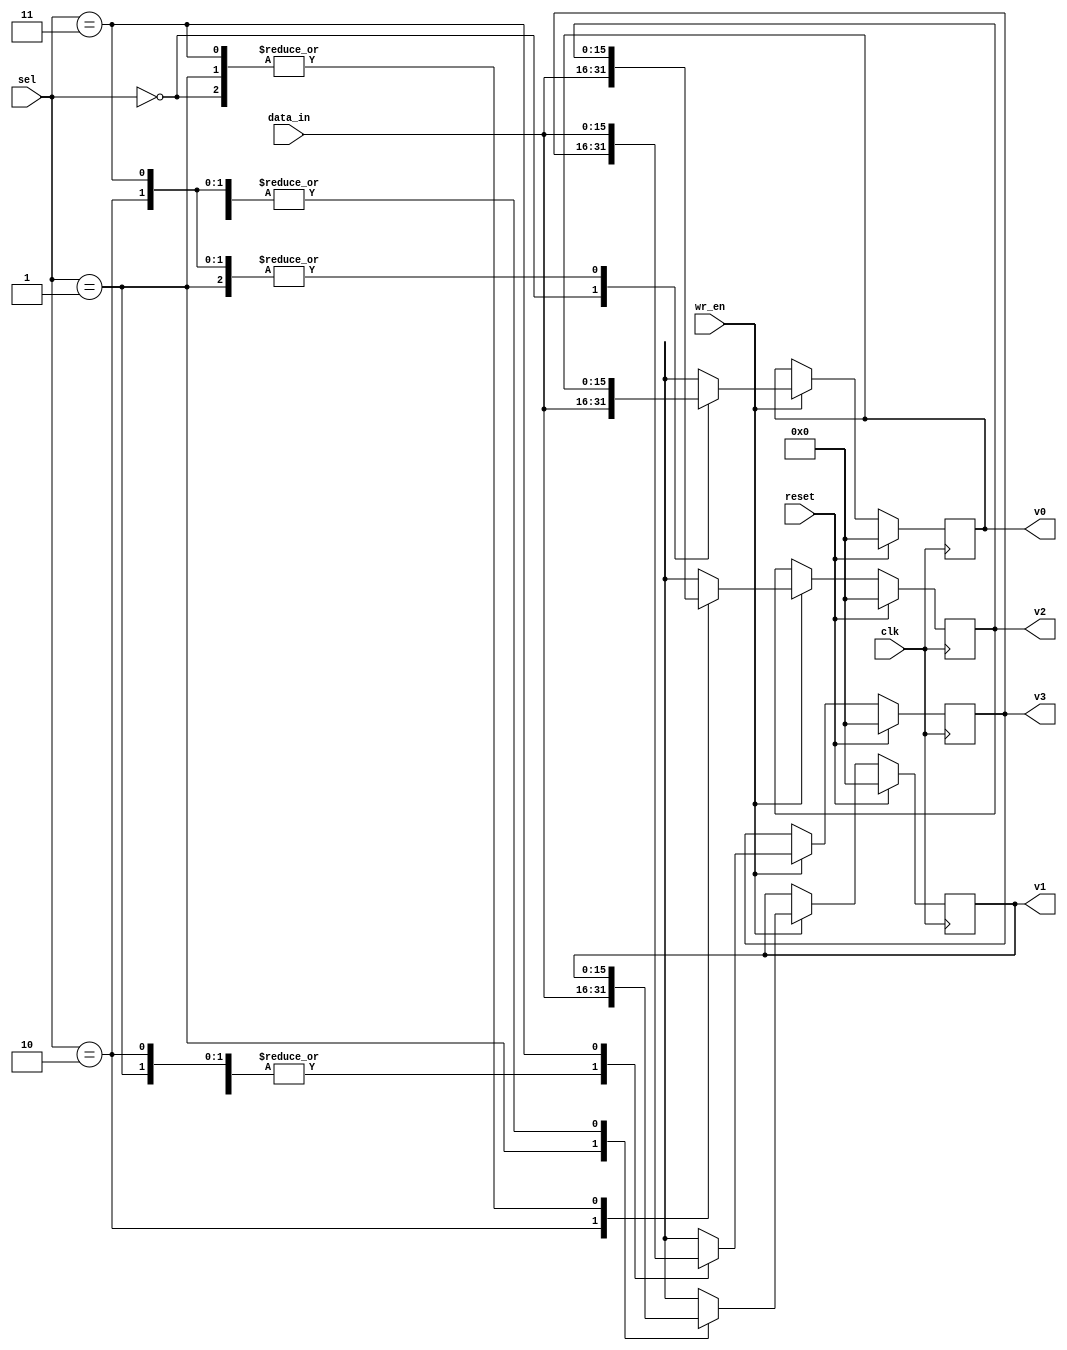
module demux_shapes(clk, reset, wr_en, data_in, v0, v1, v2, v3, sel);

input reset, wr_en, clk;
input [15:0] data_in;
input [1:0] sel;
output reg [15:0] v0, v1, v2, v3;

always @(posedge clk)
begin
	if (reset)
	begin
		v0 <= 0;
		v1 <= 0;
		v2 <= 0;
		v3 <= 0;
	end
	else
	begin
		if (wr_en)
		begin
			case(sel)
				0: begin
						v0 <= data_in;
						v1 <= v1;
						v2 <= v2;
						v3 <= v3;
					end
				1: begin
						v1 <= data_in;
						v0 <= v0;
						v2 <= v2;
						v3 <= v3;
					end
				2: begin
						v2 <= data_in;
						v1 <= v1;
						v0 <= v0;
						v3 <= v3;
					end
				3: begin
						v3 <= data_in;
						v1 <= v1;
						v2 <= v2;
						v0 <= v0;
					end
				default: begin
								v0 <= 0;
								v1 <= 0;
								v2 <= 0;
								v3 <= 0;
							end
			endcase
		end
		else
		begin
			v0 <= v0;
			v1 <= v1;
			v2 <= v2;
			v3 <= v3;
		end
	end	
end

endmodule